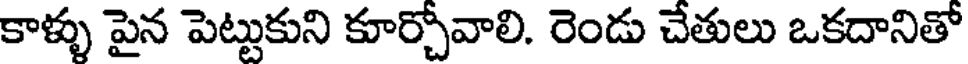
కాళ్ళు పైన పెట్టుకుని కూర్చోవాలి. రెండు చేతులు ఒకదానితో